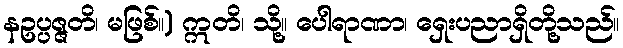
နဥပ္ပဇ္ဇတိ၊ မဖြစ်။) ဣတိ၊ သို့။ ပေါရာဏာ၊ ရှေးပညာရှိတို့သည်။